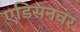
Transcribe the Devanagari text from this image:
एडिसनवर